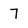
Character: 7